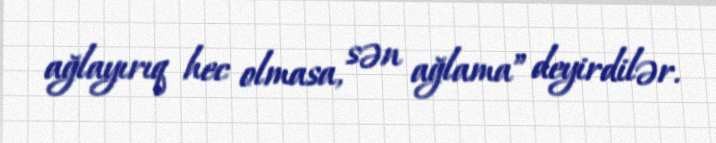
ağlayırıq hec olmasa, sən ağlama” deyirdilər.